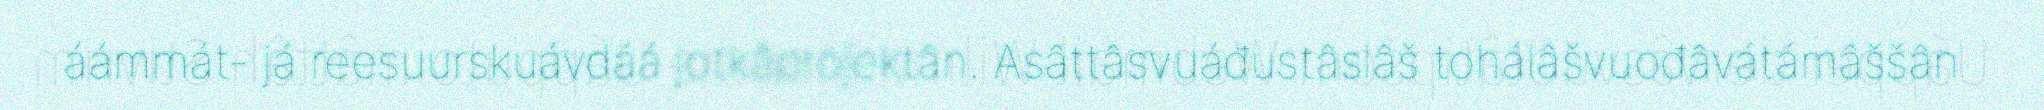
áámmát- já reesuurskuávdáá jotkâprojektân. Asâttâsvuáđustâslâš tohálâšvuođâvátámâššân